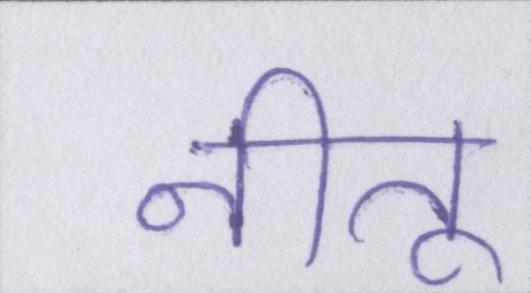
नीतू